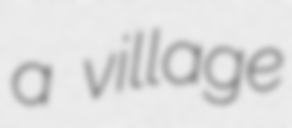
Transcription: a village